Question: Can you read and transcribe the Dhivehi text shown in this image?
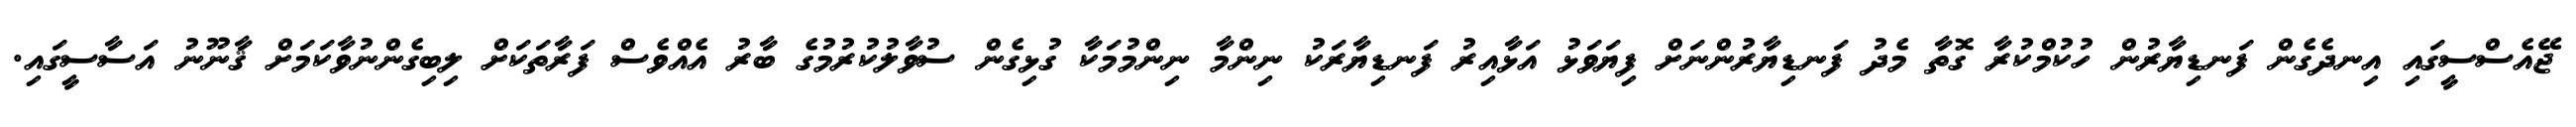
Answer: ޖޭއެސްސީގައި އިނދެގެން ފަނޑިޔާރުން ހުކުމްކުރާ ގޮތާ މެދު ފަނޑިޔާރުންނަށް ފިޔަވަޅު އަޅާއިރު ފަނޑިޔާރަކު ނިންމާ ނިންމުމަކާ ގުޅިގެން ސުވާލުކުރުމުގެ ބާރު އެއްވެސް ފަރާތަކަށް ލިބިގެންނުވާކަމަށް ޤާނޫނު އަސާސީގައި.